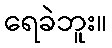
ရေခဲဘူး။